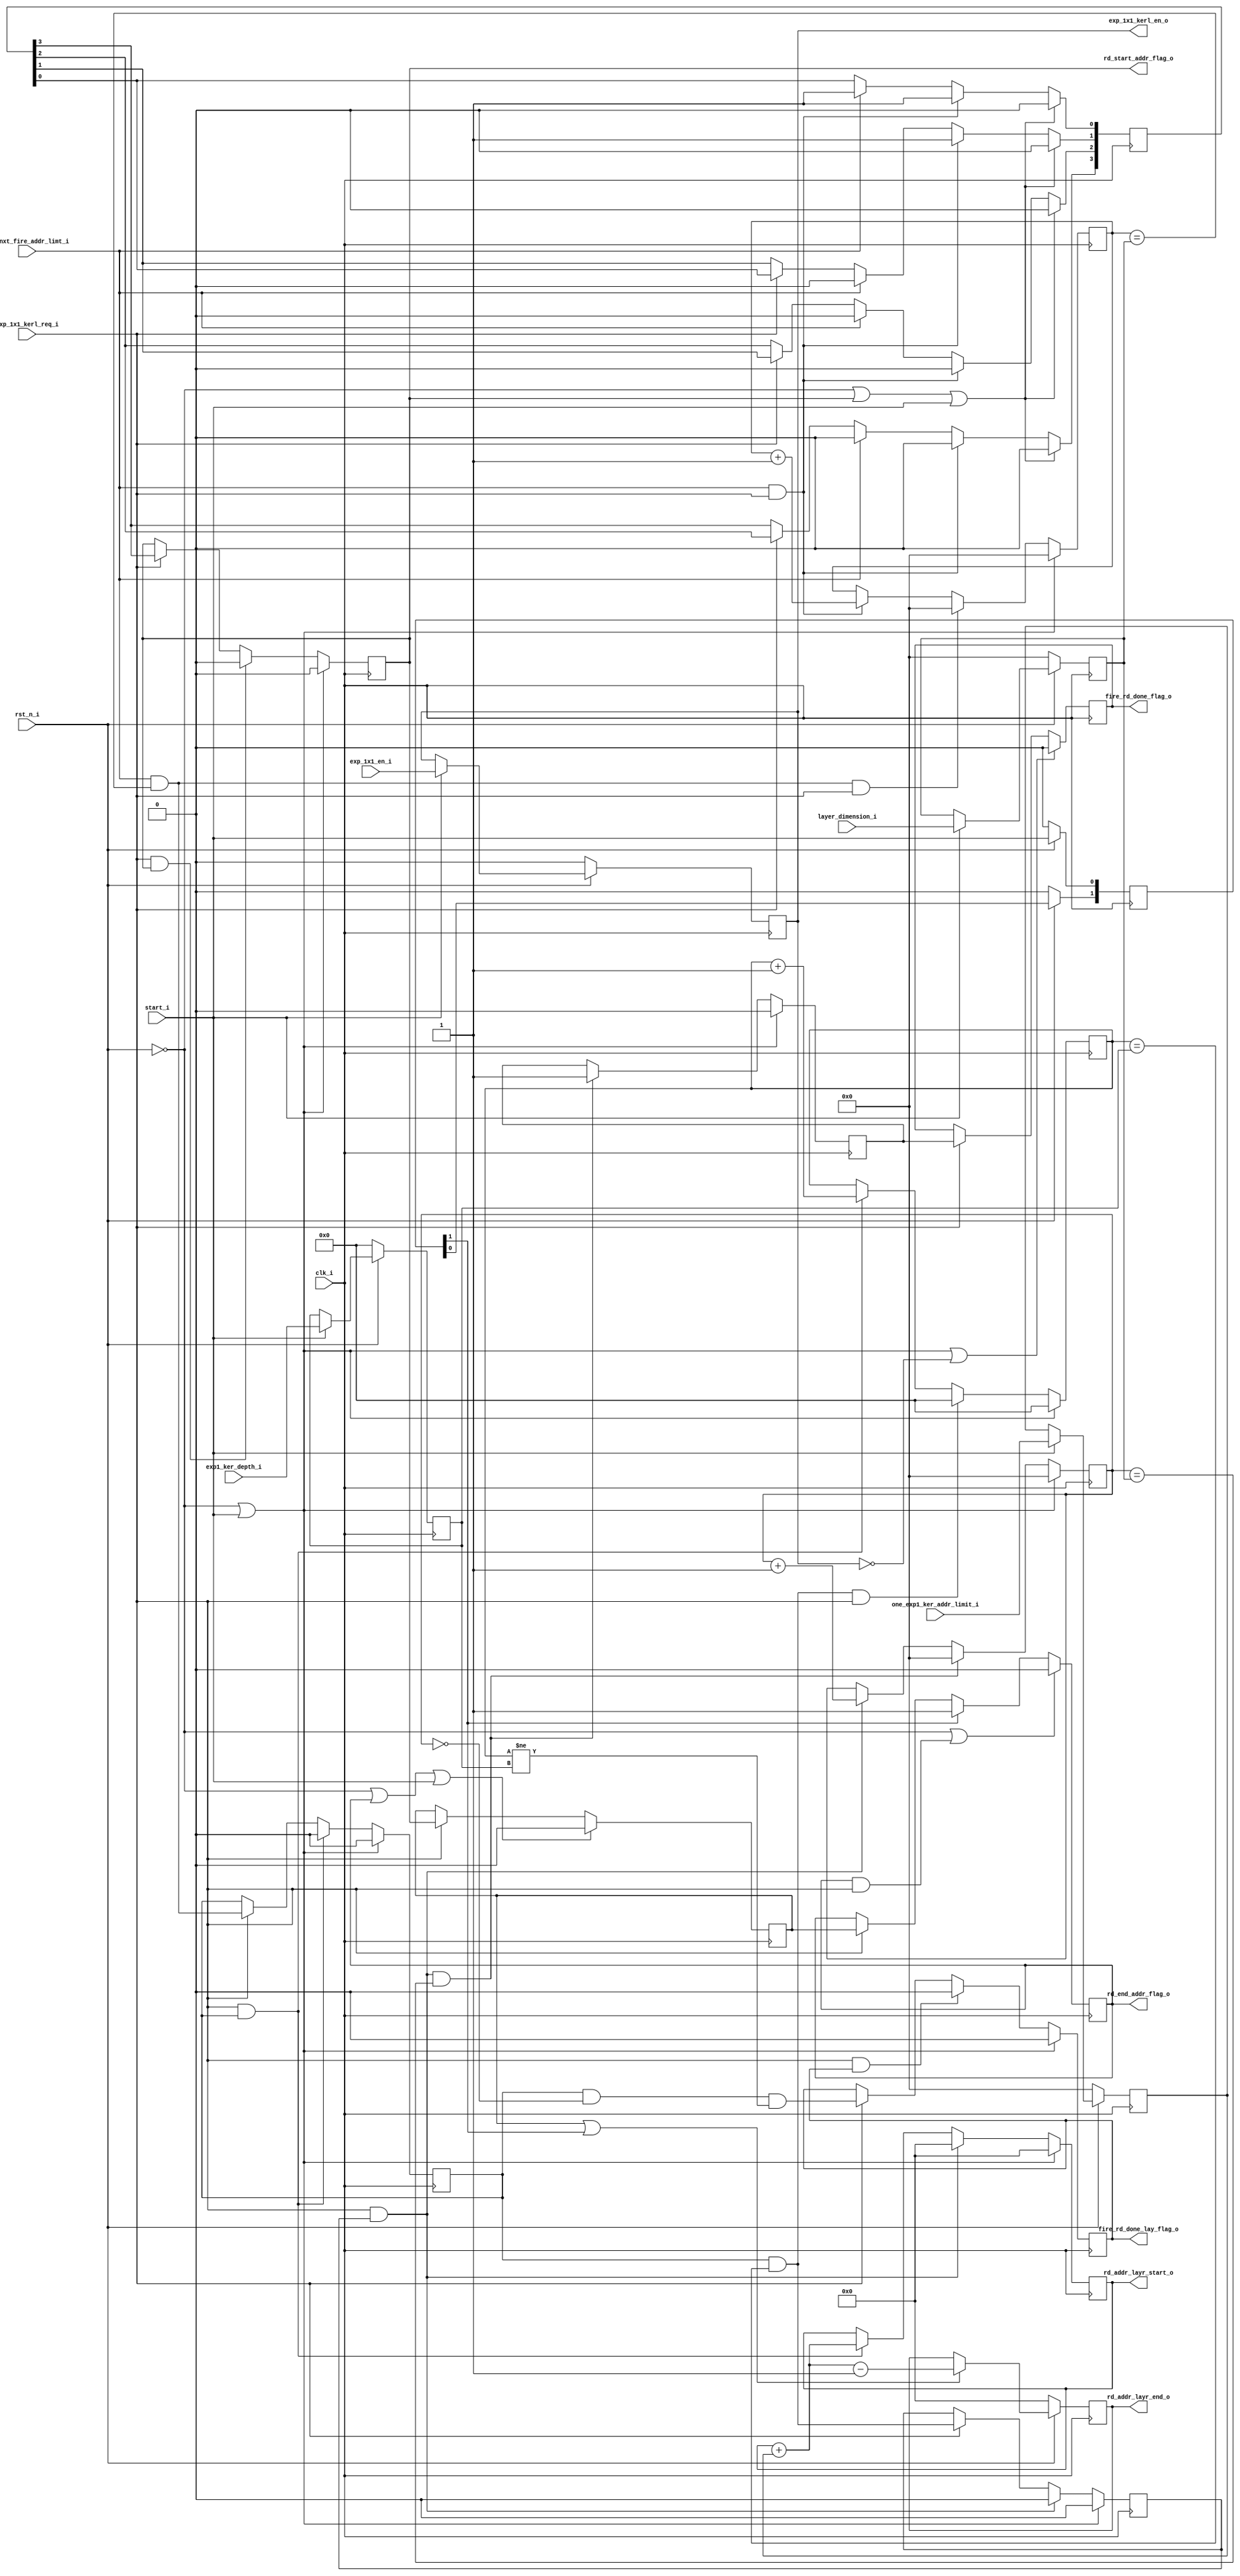
//**************************************************************************************************
// Project/Product : IDCT
// Description     : Inverse Discrete Cosine Transform 
//                   row and column 1D IDCT operation 
//                   with 3 stage pipeline in each 1D IDCT
// Dependencies    : global_defs.v, global_func.v, synch_fifo.v
// References      : 
//
//**************************************************************************************************
   
`timescale 1ns / 1ps

module read_config_exp_1x1(
	clk_i,
	rst_n_i,

	start_i,
	exp_1x1_en_i,
	one_exp1_ker_addr_limit_i,
	exp1_ker_depth_i,
	layer_dimension_i,

	chk_nxt_fire_addr_limt_i,
	exp_1x1_kerl_req_i,
	exp_1x1_kerl_en_o,
	rd_addr_layr_start_o,
	rd_start_addr_flag_o,
	rd_addr_layr_end_o,
	rd_end_addr_flag_o,

	fire_rd_done_flag_o,
	fire_rd_done_lay_flag_o
);

//----------------------------------------------------------------------------------------------------------------------
// Global constant and function headers
//----------------------------------------------------------------------------------------------------------------------

//----------------------------------------------------------------------------------------------------------------------
// parameter definitions
//----------------------------------------------------------------------------------------------------------------------

//----------------------------------------------------------------------------------------------------------------------
// localparam definitions
//----------------------------------------------------------------------------------------------------------------------

	/*
	Configurations

	one_exp1_ker_addr_limit_i 	:- [NO of expand kernals / 4]
	exp1_ker_depth_i 	  		:- [depth - 1]
	layer_dimension_i 			:- [dimnision -1]

	*/

//----------------------------------------------------------------------------------------------------------------------
// I/O signals
//----------------------------------------------------------------------------------------------------------------------

	// System Clock Signals
	input 															clk_i;
	input 															rst_n_i;

	// COnfiguration Control Signals
	input 															start_i;
	input 															exp_1x1_en_i;
	input 						[6:0] 								one_exp1_ker_addr_limit_i;
	input 						[5:0] 								exp1_ker_depth_i;
	input 						[6:0] 								layer_dimension_i;

	// EXPAND 1X1 RAM Control Signals
	input 															chk_nxt_fire_addr_limt_i;
	input 															exp_1x1_kerl_req_i;
	output 	reg 													exp_1x1_kerl_en_o;
	output 	reg					[11:0] 								rd_addr_layr_start_o;
	output 	reg 													rd_start_addr_flag_o;
	output 	reg					[11:0] 								rd_addr_layr_end_o;
	output 	reg 													rd_end_addr_flag_o;

	// FIRE & Control Signals
	output 	reg 													fire_rd_done_flag_o;
	output 	reg 													fire_rd_done_lay_flag_o;

//----------------------------------------------------------------------------------------------------------------------
// Internal wires and registers
//----------------------------------------------------------------------------------------------------------------------

	reg 						[6:0] 								r_addr_space_per_lay;
	reg 						[5:0] 								r_kernal_per_fire;
	reg 						[6:0] 								r_layer_dim;

	reg 						[6:0] 								r_col_count;
	reg 															r_kernal_flag;
	reg 						[5:0] 								r_kernal_count;
	reg 															r_row_flag;
	reg 						[6:0] 								r_row_count;

	// Data Flag COntrol Signals
	reg 						[3:0]								r_start_addr_flag;
	reg 															r_end_addr_flag;

	reg 						[2:0] 								r_new_config_flag;
	reg 															r_fire_rd_done_flag;


//----------------------------------------------------------------------------------------------------------------------
// Implmentation
//----------------------------------------------------------------------------------------------------------------------

	// Expand 1x1 Enable
	always @(posedge clk_i) begin : EXP_1X1_EN
		if(~rst_n_i) begin
			exp_1x1_kerl_en_o <= 0;
		end 
		else if(start_i) begin
			exp_1x1_kerl_en_o <= exp_1x1_en_i;
		end
	end

	// COnfiguration
	always @(posedge clk_i) begin : CONFIG
		if(~rst_n_i) begin
			r_addr_space_per_lay	<= 0;
			r_kernal_per_fire 		<= 0;
			r_layer_dim 			<= 0;
		end 
		else if(start_i) begin
			r_addr_space_per_lay	<= one_exp1_ker_addr_limit_i;
			r_kernal_per_fire 		<= exp1_ker_depth_i;
			r_layer_dim 			<= layer_dimension_i;
		end
	end

	// New COnfig Flag
	always @(posedge clk_i) begin : NEW_CONFIG_FLAG
		if(~rst_n_i) begin
			r_new_config_flag <= 0;
		end else begin
			r_new_config_flag[0:0] <= start_i;
			r_new_config_flag[1:1] <= r_new_config_flag[0:0];
			r_new_config_flag[2:2] <= r_new_config_flag[1:1];
		end
	end


	// FIRE Column Count
	always @(posedge clk_i) begin : COL_COUNT
		if(~rst_n_i || start_i) begin
			r_col_count <= 0;
		end 
		else if(chk_nxt_fire_addr_limt_i && r_col_count == r_layer_dim && exp_1x1_kerl_req_i) begin
			r_col_count <= 0;
		end 
		else if(chk_nxt_fire_addr_limt_i && exp_1x1_kerl_req_i) begin
			r_col_count <= r_col_count + 1;
		end
	end
	// New Kernal Flag
	always @(posedge clk_i) begin : KERNAL_FLAG
		if(~rst_n_i || start_i) begin
			r_kernal_flag <= 0;
		end 
		else if(exp_1x1_kerl_req_i && r_kernal_flag) begin
			r_kernal_flag <= 0;
		end 
		else if(exp_1x1_kerl_req_i) begin
			r_kernal_flag <= (chk_nxt_fire_addr_limt_i && r_col_count == r_layer_dim);
		end
	end
	// FIRE Kernal Count
	always @(posedge clk_i) begin : KERNAL_COUNT
		if(~rst_n_i || start_i) begin
			r_kernal_count <= 0;
		end 
		else if(r_kernal_flag && r_kernal_count == r_kernal_per_fire && exp_1x1_kerl_req_i) begin
			r_kernal_count <= 0;
		end
		else if(r_kernal_flag && exp_1x1_kerl_req_i) begin
			r_kernal_count <= r_kernal_count + 1;
		end
	end
	// New ROW Flag
	always @(posedge clk_i) begin : ROW_FLAG
		if(~rst_n_i || start_i) begin
			r_row_flag <= 0;
		end 
		else if(exp_1x1_kerl_req_i && r_row_flag) begin
			r_row_flag <= 0;
		end 
		else if(exp_1x1_kerl_req_i) begin
			r_row_flag <= (r_kernal_flag && r_kernal_count == r_kernal_per_fire);
		end
	end
	// FIRE Row Count
	always @(posedge clk_i) begin : ROW_COUNT
		if(~rst_n_i || start_i) begin
			r_row_count <= 0;
		end 
		else if(exp_1x1_kerl_req_i && r_row_flag && r_row_count == r_layer_dim) begin
			r_row_count <= 0;
		end
		else if(r_row_flag && exp_1x1_kerl_req_i) begin
			r_row_count <= r_row_count + 1;
		end
	end

	// Read Address Start
	always @(posedge clk_i) begin : RD_ADDR_START
		if(~rst_n_i || start_i) begin
			rd_addr_layr_start_o <= 0;
		end 
		else if(r_row_flag && exp_1x1_kerl_req_i) begin
			rd_addr_layr_start_o <= 0;
		end 
		else if(r_kernal_flag && exp_1x1_kerl_req_i) begin
			rd_addr_layr_start_o <= rd_addr_layr_start_o + r_addr_space_per_lay;
		end
	end

	// Start Address Flag
	always @(posedge clk_i) begin : START_ADDR_FLAG_TEMP
		if(~rst_n_i || rd_start_addr_flag_o || start_i) begin
			r_start_addr_flag <= 0;
		end  
		else if(exp_1x1_kerl_req_i && chk_nxt_fire_addr_limt_i) begin
			r_start_addr_flag[1:0] <= 2'b11;
			r_start_addr_flag[3:2] <= 0;
		end
		else if(chk_nxt_fire_addr_limt_i) begin
			r_start_addr_flag[0:0] <= 1'b1;
			r_start_addr_flag[3:1] <= 0;
		end
		else if(exp_1x1_kerl_req_i)begin
			r_start_addr_flag[1:1] <= r_start_addr_flag[0:0];
			r_start_addr_flag[2:2] <= r_start_addr_flag[1:1];
			r_start_addr_flag[3:3] <= r_start_addr_flag[2:2];
		end
	end
	always @(posedge clk_i) begin : START_ADDR_FLAG
		if(~rst_n_i || start_i) begin
			rd_start_addr_flag_o <= 0;
		end 
		else if(exp_1x1_kerl_req_i && rd_start_addr_flag_o) begin
			rd_start_addr_flag_o <= 0;
		end 
		else if(exp_1x1_kerl_req_i) begin
			rd_start_addr_flag_o <= r_start_addr_flag[3:3];
		end
	end

	// Read Address End
	always @(posedge clk_i) begin : RD_ADDR_END
		if(~rst_n_i)begin
			rd_addr_layr_end_o <= 0;
		end
		else if(r_end_addr_flag || r_new_config_flag[1:1]) begin
			rd_addr_layr_end_o <= rd_addr_layr_start_o + r_addr_space_per_lay - 1;
		end
	end

	// End Address Flag
	always @(posedge clk_i) begin : END_ADDR_FLAG_TEMP
		if(~rst_n_i || rd_end_addr_flag_o || start_i) begin
			r_end_addr_flag <= 0;
		end 
		else if(exp_1x1_kerl_req_i) begin
			r_end_addr_flag <= rd_start_addr_flag_o;
		end
	end
	always @(posedge clk_i) begin : END_ADDR_FLAG
		if(~rst_n_i || (rd_end_addr_flag_o && exp_1x1_kerl_req_i)) begin
			rd_end_addr_flag_o <= 0;
		end
		else if(r_new_config_flag[1:1]) begin
			rd_end_addr_flag_o <= 1;
		end
		else if(exp_1x1_kerl_req_i) begin
			rd_end_addr_flag_o <= r_end_addr_flag;
		end
	end

	// FIRE Done Flag
	always @(posedge clk_i) begin : FIRE_DONE_FLAG_TEMP
		if(~rst_n_i || start_i) begin
			r_fire_rd_done_flag <= 0;
		end 
		else if(exp_1x1_kerl_req_i && r_row_flag && r_row_count == r_layer_dim) begin
			r_fire_rd_done_flag <= 1;
		end
	end
	always @(posedge clk_i) begin : FIRE_DONE_FLAG
		if(~rst_n_i || start_i || ~exp_1x1_kerl_en_o) begin
			fire_rd_done_flag_o <= 0;
		end  
		else if(exp_1x1_kerl_req_i) begin
			fire_rd_done_flag_o <= r_fire_rd_done_flag;
		end
	end

	// FIRE Done Layer Flag
	always @(posedge clk_i) begin : FIRE_DONE_LAYER_FLAG
		if(~rst_n_i || start_i) begin
			fire_rd_done_lay_flag_o <= 0;
		end
		else if (exp_1x1_kerl_req_i && fire_rd_done_lay_flag_o) begin
			fire_rd_done_lay_flag_o <= 0;
		end 
		else if(exp_1x1_kerl_req_i) begin
			fire_rd_done_lay_flag_o <= (r_kernal_flag && r_row_count == 0 && r_kernal_count != r_kernal_per_fire);
		end
	end


//----------------------------------------------------------------------------------------------------------------------
// Sub module instantiation
//----------------------------------------------------------------------------------------------------------------------


endmodule